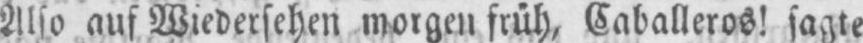
Also auf Wiedersehen morgen früh, Caballeros! sagte